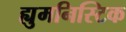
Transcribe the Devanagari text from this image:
ह्युमनिस्टिक